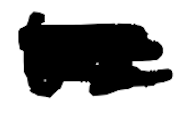
Text: the
Cross-out: scratch
Writing tool: digital_black